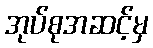
အုပ်စုအဆင့်မှ